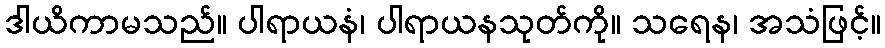
ဒါယိကာမသည်။ ပါရာယနံ၊ ပါရာယနသုတ်ကို။ သရေန၊ အသံဖြင့်။